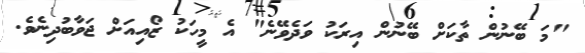
"މަ ބޭނުން ތާކަށް ބޭނުން އިރަކު ވަދެވޭނެ" އެ މީހަކު ޒޯއިއަށް ޖަވާބުދިނެވެ.